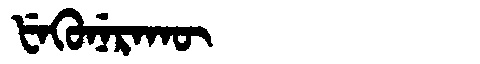
Manchu: ᡶᡝᡴᡠᠨᡝᡵᠠᡴᡡ
Romanization: FEKUNERAKŪ